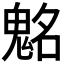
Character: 𩳊